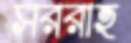
সররাহ